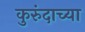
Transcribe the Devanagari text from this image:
कुरुंदाच्या